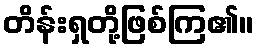
တိန်းရှတို့ဖြစ်ကြ၏။